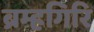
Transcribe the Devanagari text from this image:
ब्रम्हगिरि